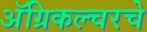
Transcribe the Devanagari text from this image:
अॅग्रिकल्चरचे